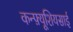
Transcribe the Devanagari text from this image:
कन्फ़्यूशियसाई